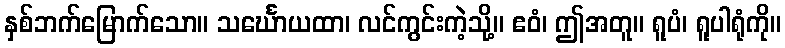
နှစ်ဘက်မြောက်သော။ သင်္ဃောယထာ၊ လင်ကွင်းကဲ့သို့။ ဧဝံ၊ ဤအတူ။ ရူပံ၊ ရူပါရုံကို။